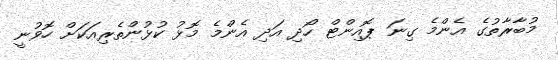
މުބާރާތުގެ އެންމެ ގިނަ ޕޮއިންޓް ހޯދި އަދި އެންމެ މޮޅު ކުޅުންތެރިއަކަށް ހޮވުނީ